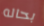
بحاله